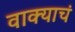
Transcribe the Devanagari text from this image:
वाक्याचं